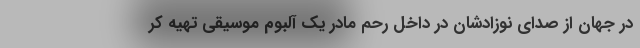
در جهان از صدای نوزادشان در داخل رحم مادر یک آلبوم موسیقی تهیه کر